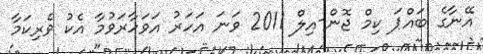
އޭނާގެ ބައްޕަ ކިމް ޖޮން-އިލް 2011 ވަނަ އަހަރު އަވަހާރަވުމާ އެކު ވެރިކަމާ